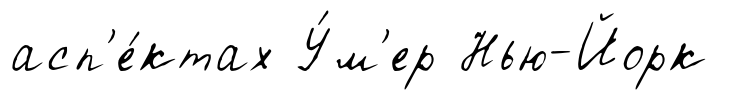
асп'е́ктах У́м'ер Нью-Йорк